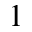
^ { 1 }